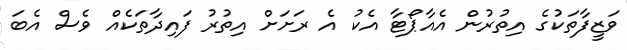
ވަޒީފާތަކުގެ އިތުރުން އެއާޕޯޓާ އެކު އެ ރަށަށް އިތުރު ފައިދާތަކެއް ވެސް އެބަ